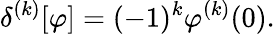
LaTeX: \delta^{(k)}[\varphi]=(-1)^{k}\varphi^{(k)}(0).